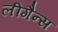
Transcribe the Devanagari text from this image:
लीगैन्स